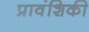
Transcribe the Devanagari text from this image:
प्रावंशिकी